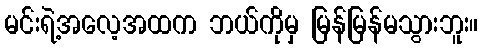
မင်းရဲ့အလေ့အထက ဘယ်ကိုမှ မြန်မြန်မသွားဘူး။